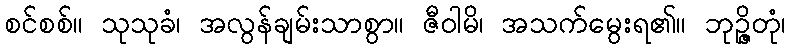
စင်စစ်။ သုသုခံ၊ အလွန်ချမ်းသာစွာ။ ဇီဝါမိ၊ အသက်မွေးရ၏။ ဘုဉ္ဇိတုံ၊